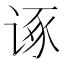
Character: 诼